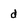
Character: d